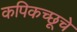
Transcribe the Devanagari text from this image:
कपिकच्छूचे